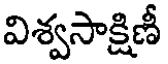
విశ్వసాక్షిణీ